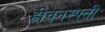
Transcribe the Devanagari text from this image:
हीवनस्पती